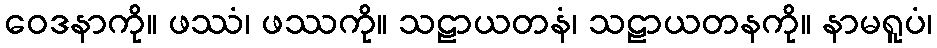
ဝေဒနာကို။ ဖဿံ၊ ဖဿကို။ သဠာယတနံ၊ သဠာယတနကို။ နာမရူပံ၊